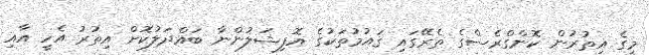
މީގެ އިތުރުން ކޮންގްރެސްގެ ތެރޭގައި ގައުމުތަކުގެ އޮފިޝަލުންނާ ބައްދަލުކޮށް އިތުރު އެހީ އާއި